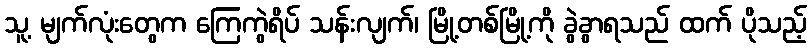
သူ့ မျက်လုံးတွေက ကြေကွဲရိပ် သန်းလျက်၊ မြို့တစ်မြို့ကို ခွဲခွာရသည် ထက် ပိုသည့်